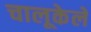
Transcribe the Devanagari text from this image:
चालूकेले